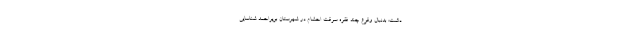
داشت: بدنبال وقوع چند فقره سرقت احشام در شهرستان بویراحمد شناسایی